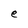
Character: e